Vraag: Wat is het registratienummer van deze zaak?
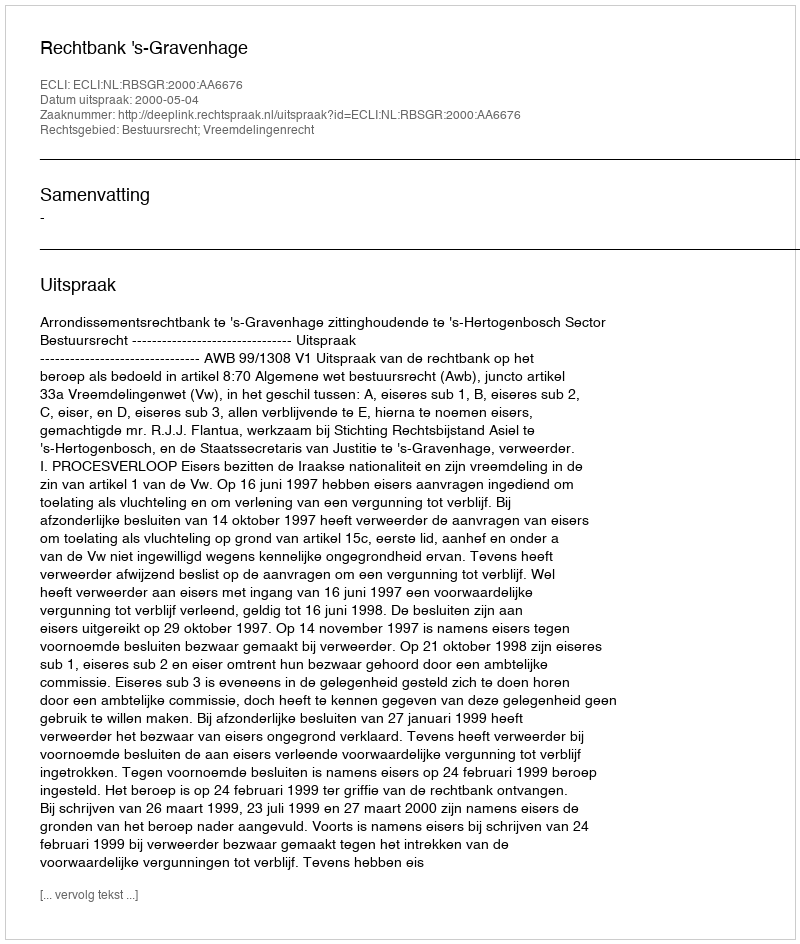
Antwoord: http://deeplink.rechtspraak.nl/uitspraak?id=ECLI:NL:RBSGR:2000:AA6676